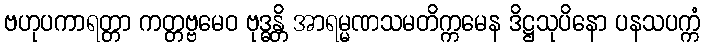
ဗဟုပကာရတ္တာ ကတ္တဗ္ဗမေဝ ဗုဒ္ဓန္တိ အာရမ္မဏသမတိက္ကမေန ဒိဋ္ဌသုပိနော ပနသပက္ကံ